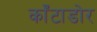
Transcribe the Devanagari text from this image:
काँटाडोर